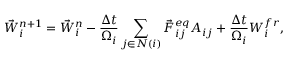
{ \vec { W } } _ { i } ^ { n + 1 } = { \vec { W } } _ { i } ^ { n } - \frac { \Delta t } { \Omega _ { i } } \sum _ { j \in N ( i ) } { { \vec { F } } _ { i j } ^ { e q } { \cal A } _ { i j } } + \frac { \Delta t } { \Omega _ { i } } \boldsymbol { W } _ { i } ^ { f r } ,